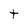
Character: t